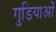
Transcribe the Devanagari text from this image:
गुडियाओं